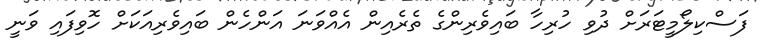
ފަސްކިލޯމީޓަރަށް ދުވި ހުރިހާ ބައިވެރިންގެ ތެރެއިން އެއްވަނަ އަންހެން ބައިވެރިއަކަށް ހޮވިފައި ވަނީ